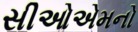
સીઓએમનો